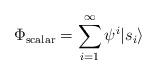
LaTeX: \begin{align*}\Phi_{\rm scalar} = \sum_{i = 1}^{\infty} \psi^i | s_i \rangle\end{align*}